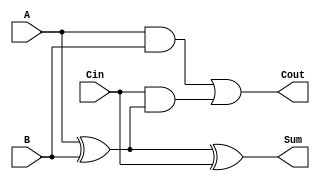
module LowPowerFullAdder (
    input wire A,     // First input bit
    input wire B,     // Second input bit
    input wire Cin,   // Carry-in bit
    output wire Sum,  // Sum output
    output wire Cout  // Carry-out output
);

// Internal signals
wire A_xor_B;       // Intermediate signal for A  B

// Logic for Sum: Sum = A  B  Cin
assign A_xor_B = A ^ B; // First XOR operation
assign Sum = A_xor_B ^ Cin; // Second XOR operation for Sum

// Logic for Cout: Cout = (A AND B) OR (Cin AND (A  B))
assign Cout = (A & B) | (Cin & A_xor_B); // Carry-out calculation

endmodule